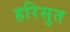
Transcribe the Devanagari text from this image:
हरिसुत